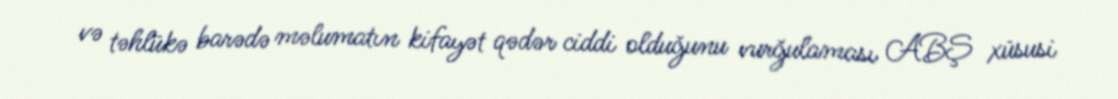
və təhlükə barədə məlumatın kifayət qədər ciddi olduğunu vurğulaması ABŞ xüsusi